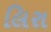
લિરા